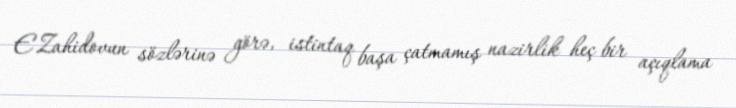
E.Zahidovun sözlərinə görə, istintaq başa çatmamış nazirlik heç bir açıqlama